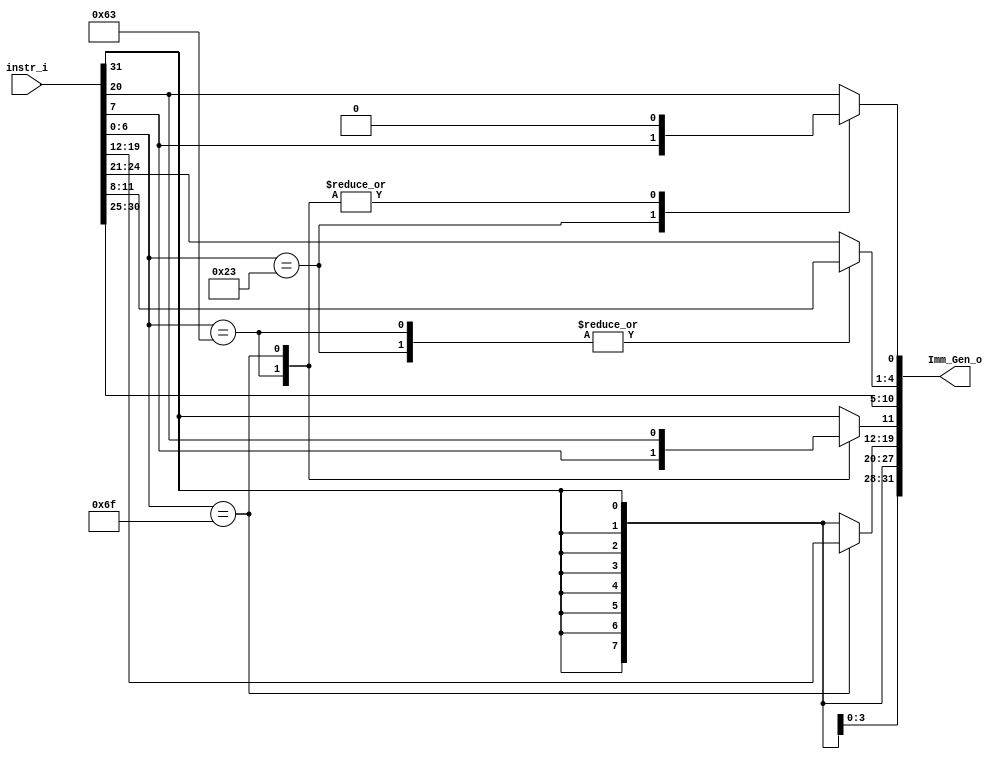
/***************************************************
Student Name: 
Student ID: 
***************************************************/

`timescale 1ns/1ps

module Imm_Gen(
	input  [31:0] instr_i,
	output reg [31:0] Imm_Gen_o
	);

   //Internal Signals
   wire    [7-1:0] opcode;
   wire    [2:0]   func3;
   wire    [3-1:0] Instr_field;
   parameter addi = 7'b0010011;
   parameter lw   = 7'b0000011;
   parameter sw   = 7'b0100011;
   parameter beq  = 7'b1100011;
   parameter jal  = 7'b1101111;
   parameter jalr = 7'b1100111;

   assign opcode = instr_i[6:0];
   assign func3  = instr_i[14:12];

   always @(*) begin
        case(opcode)
            addi: begin
                Imm_Gen_o[11:0]  = instr_i[31:20];
                Imm_Gen_o[31:12] = {20{instr_i[31]}};
            end
            lw:begin
                Imm_Gen_o[11:0]  = instr_i[31:20];
                Imm_Gen_o[31:12] = {20{instr_i[31]}};
            end
            sw: begin
                Imm_Gen_o[11:5]  = instr_i[31:25];
                Imm_Gen_o[4:0]   = instr_i[11:7];
                Imm_Gen_o[31:12] = {20{instr_i[31]}};
            end
            beq: begin
                Imm_Gen_o[0]     = 0;
                Imm_Gen_o[4:1]   = instr_i[11:8];
                Imm_Gen_o[10:5]  = instr_i[30:25];
                Imm_Gen_o[11]    = instr_i[7];
                Imm_Gen_o[31:12] = {20{instr_i[31]}};
            end
            jal: begin
                Imm_Gen_o[0] = 0;
                {Imm_Gen_o[20], Imm_Gen_o[10: 1], Imm_Gen_o[11], Imm_Gen_o[19:12] }= instr_i[31:12];
                Imm_Gen_o[31:21] = {11{instr_i[31]}};
            end
            jalr: begin
                Imm_Gen_o[11:0]  = instr_i[31:20];
                Imm_Gen_o[31:12] = {20{instr_i[31]}};
            end
            default: begin
                Imm_Gen_o[11:0]  = instr_i[31:20];
                Imm_Gen_o[31:12] = {20{instr_i[31]}};
            end
        endcase
   end

   endmodule